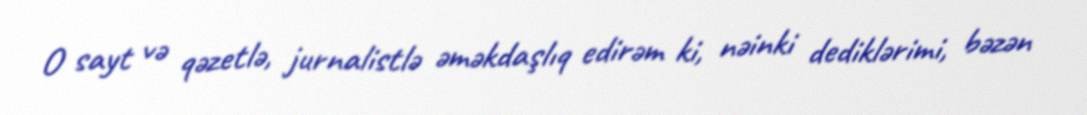
O sayt və qəzetlə, jurnalistlə əməkdaşlıq edirəm ki, nəinki dediklərimi, bəzən